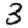
Digit: 3